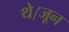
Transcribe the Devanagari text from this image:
थे।जून